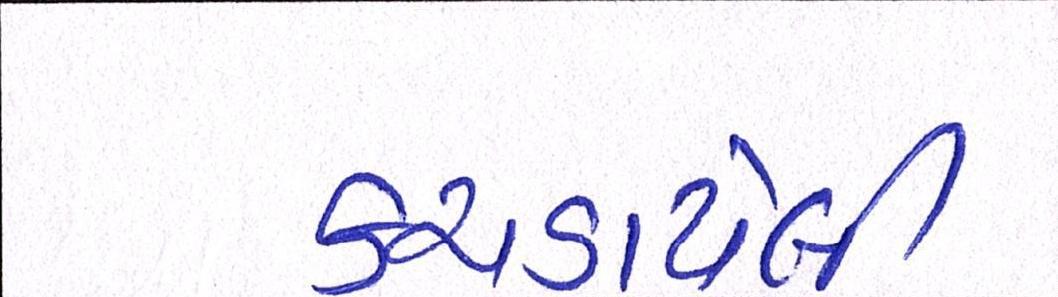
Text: કચડાયેલી